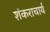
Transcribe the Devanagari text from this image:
शंकराचार्य